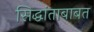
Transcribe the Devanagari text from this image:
सिद्धांताबाबत